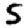
Digit: 5